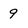
Character: 9